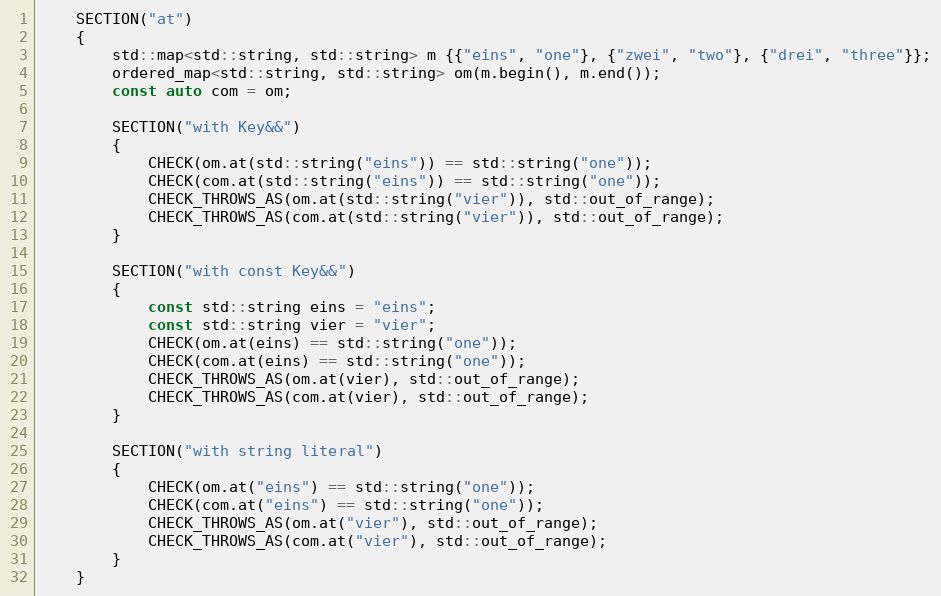
Language: C++
    SECTION("at")
    {
        std::map<std::string, std::string> m {{"eins", "one"}, {"zwei", "two"}, {"drei", "three"}};
        ordered_map<std::string, std::string> om(m.begin(), m.end());
        const auto com = om;

        SECTION("with Key&&")
        {
            CHECK(om.at(std::string("eins")) == std::string("one"));
            CHECK(com.at(std::string("eins")) == std::string("one"));
            CHECK_THROWS_AS(om.at(std::string("vier")), std::out_of_range);
            CHECK_THROWS_AS(com.at(std::string("vier")), std::out_of_range);
        }

        SECTION("with const Key&&")
        {
            const std::string eins = "eins";
            const std::string vier = "vier";
            CHECK(om.at(eins) == std::string("one"));
            CHECK(com.at(eins) == std::string("one"));
            CHECK_THROWS_AS(om.at(vier), std::out_of_range);
            CHECK_THROWS_AS(com.at(vier), std::out_of_range);
        }

        SECTION("with string literal")
        {
            CHECK(om.at("eins") == std::string("one"));
            CHECK(com.at("eins") == std::string("one"));
            CHECK_THROWS_AS(om.at("vier"), std::out_of_range);
            CHECK_THROWS_AS(com.at("vier"), std::out_of_range);
        }
    }